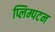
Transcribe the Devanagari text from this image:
प्लिम्पटन